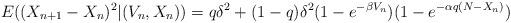
LaTeX: \begin{align*}E((X_{n+1}-X_n)^2|(V_n,X_n))=q\delta^2+(1-q)\delta^2(1-e^{-\beta V_n})(1-e^{-\alpha q(N-X_n)})\end{align*}